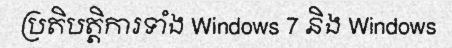
ប្រតិបត្តិការទាំង Windows 7 និង Windows